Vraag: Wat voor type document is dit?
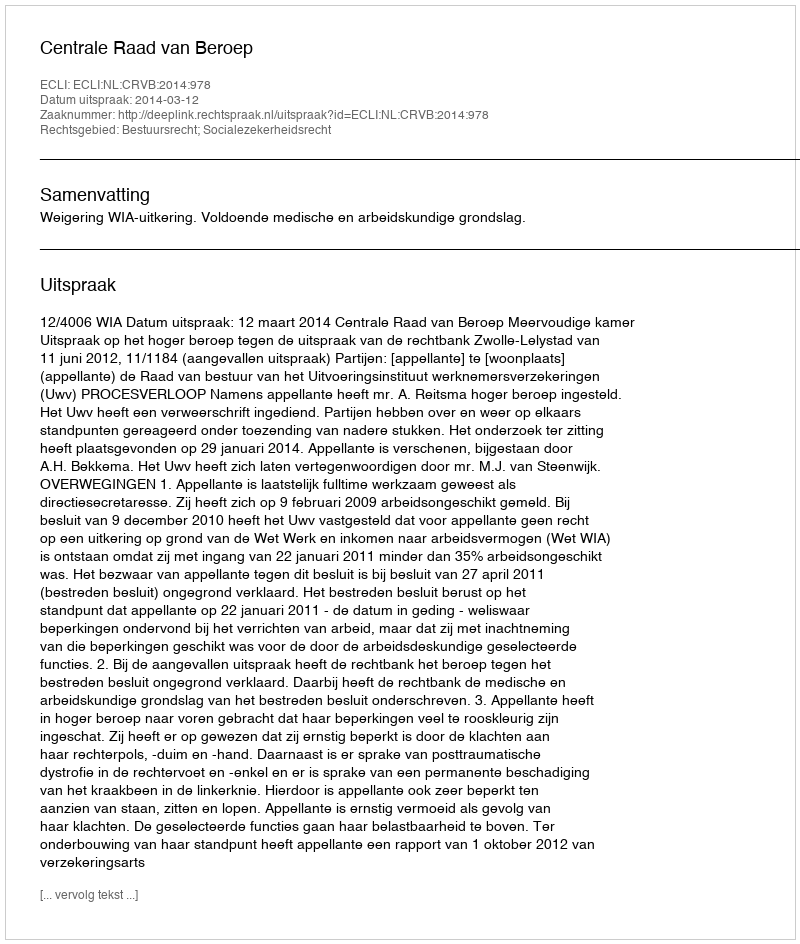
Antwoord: Uitspraak